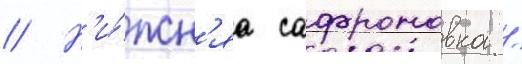
// Н'и́жн'яа сафроновка /